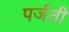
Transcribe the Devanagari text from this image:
पर्जती